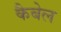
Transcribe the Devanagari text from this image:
कैबेल